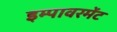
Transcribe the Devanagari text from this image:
इम्पावरमेंट